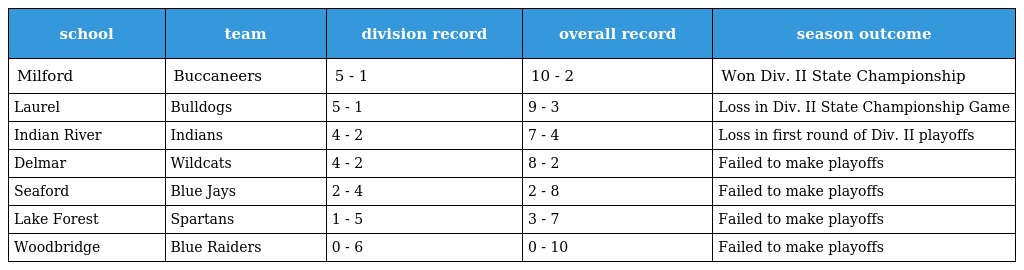
| school | team | division record | overall record | season outcome |
 | --- | --- | --- | --- | --- |
 | Milford | Buccaneers | 5 - 1 | 10 - 2 | Won Div. II State Championship |
 | Laurel | Bulldogs | 5 - 1 | 9 - 3 | Loss in Div. II State Championship Game |
 | Indian River | Indians | 4 - 2 | 7 - 4 | Loss in first round of Div. II playoffs |
 | Delmar | Wildcats | 4 - 2 | 8 - 2 | Failed to make playoffs |
 | Seaford | Blue Jays | 2 - 4 | 2 - 8 | Failed to make playoffs |
 | Lake Forest | Spartans | 1 - 5 | 3 - 7 | Failed to make playoffs |
 | Woodbridge | Blue Raiders | 0 - 6 | 0 - 10 | Failed to make playoffs |